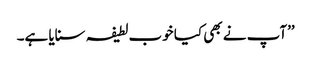
’’آپ نے بھی کیا خوب لطیفہ سنایا ہے۔